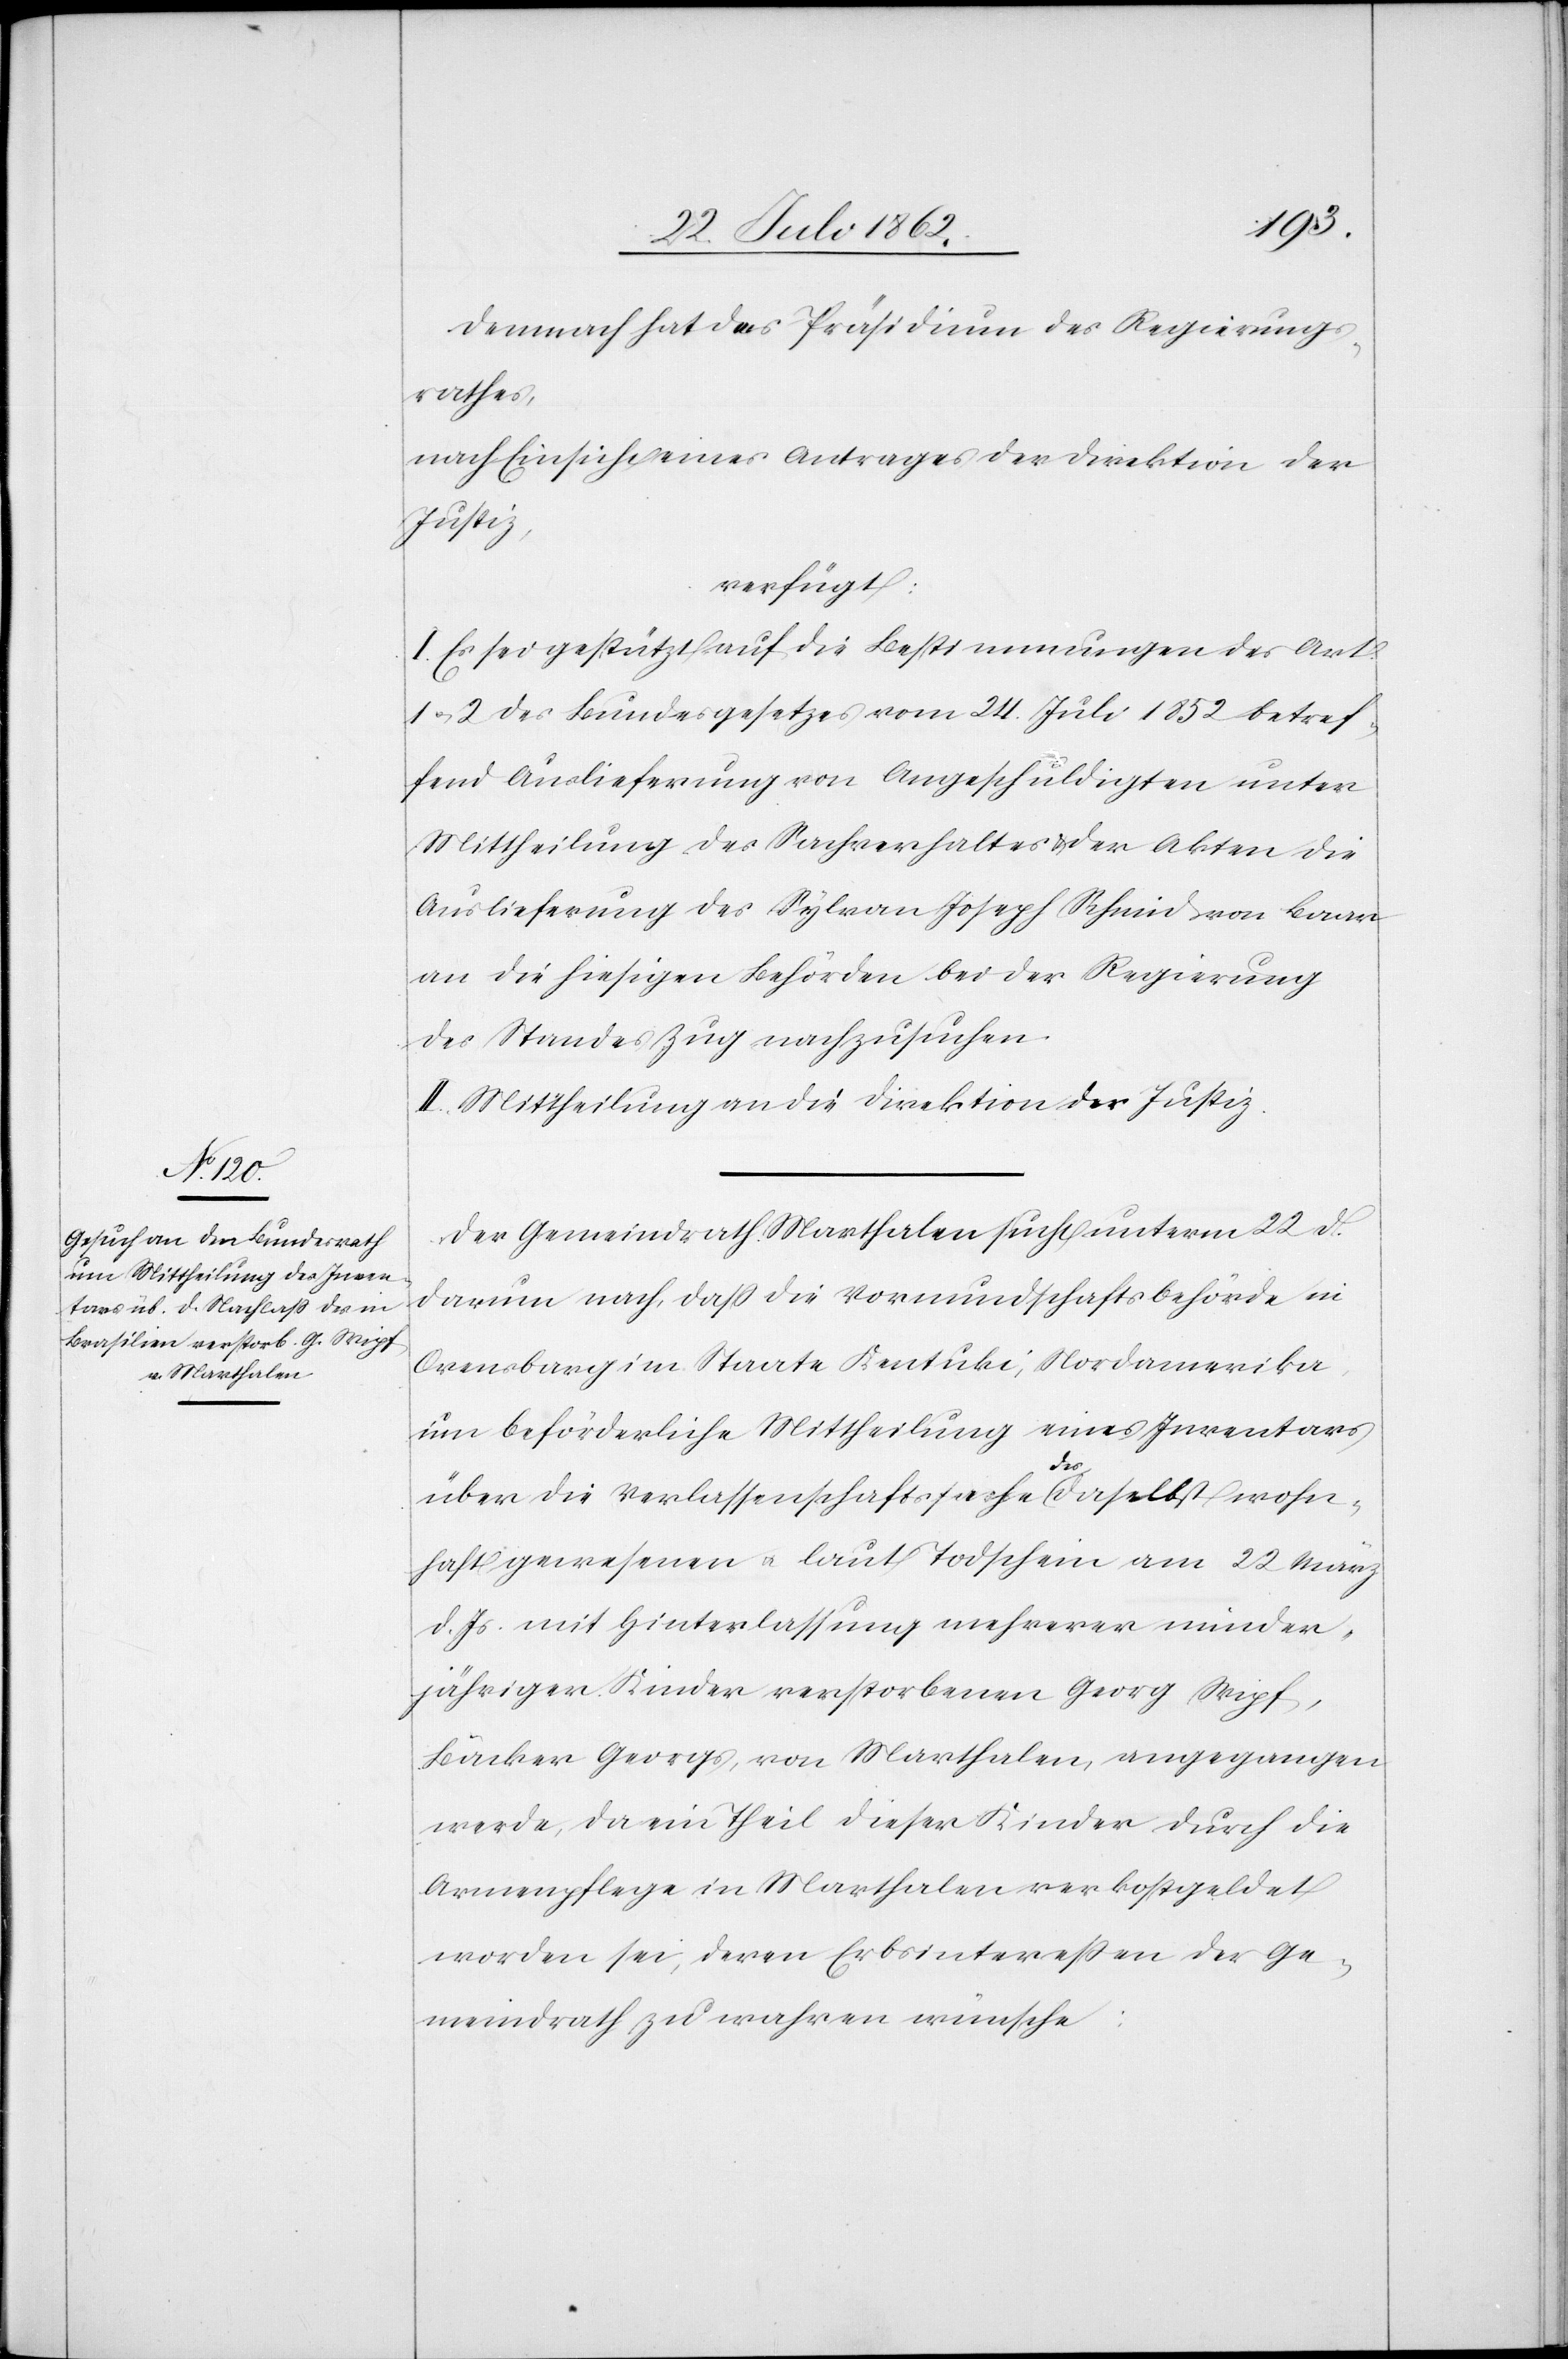
25. Juli 1862.]
Demnach hat das Präsidium des Regierungs¬
rathes,
nach Einsicht eines Antrages der Direktion der
Justiz,
verfügt:
I. Es sei gestützt auf die Bestimmungen des Art.
1 u. 2 des Bundesgesetzes vom 24. Juli 1852 betref¬
fend Auslieferung von Angeschuldigten unter
Mittheilung des Sachverhaltes u. der Akten die
Auslieferung des Sylvan [sic!] Joseph Schmid von Baar
an die hiesigen Behörden bei der Regierung
des Standes Zug nachzusuchen.
II. Mittheilung an die Direktion der Justiz.
Der Gemeindrath Marthalen sucht unterm 22. d.
darum nach, daß die Vormundschaftsbehörde in
Orensbarg im Staate Kentuki, Nordamerika,
um beförderliche Mittheilung eines Inventars
den
über die Verlassenschaftssache des daselbst wohn¬
haft gewesenen u. laut Todschein am 22. März
d. Js. mit Hinterlassung mehrerer minder¬
jährigen Kinder verstorbenen Georg Wipf,
Bäcker Georgs, von Marthalen, angegangen
werde, da ein Theil dieser Kinder durch die
Armenpflege in Marthalen verkostgeldet
worden sei, deren Erbsintereßen der Ge¬
meindrath zu wahren wünsche.